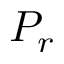
P _ { r }